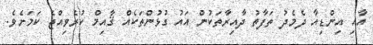
އާއި އިންޑިއާ ދެމެދު ތަފާތު ދާއިރާތަކުން އައު ގުޅުންތަކެއް ޤާއިމް ކުރެވިއްޖެ ކަމަށެވެ.